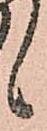
候